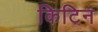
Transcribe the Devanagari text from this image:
किटिन